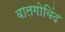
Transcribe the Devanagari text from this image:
बालगोविंद